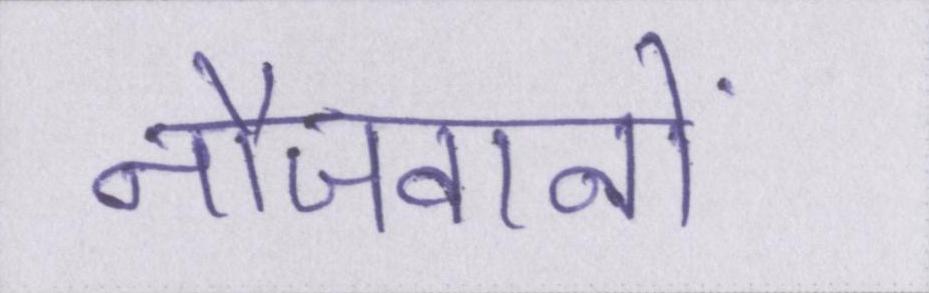
नौजवानों